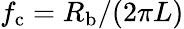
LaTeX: f_{\mathrm{c}}=R_{\mathrm{b}}/(2\pi L)